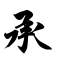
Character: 承